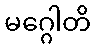
မဂ္ဂေါတိ